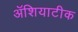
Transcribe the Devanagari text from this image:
ॲशियाटीक